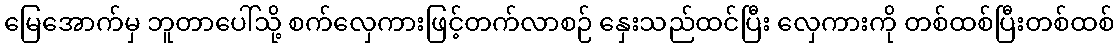
မြေအောက်မှ ဘူတာပေါ်သို့ စက်လှေကားဖြင့်တက်လာစဉ် နှေးသည်ထင်ပြီး လှေကားကို တစ်ထစ်ပြီးတစ်ထစ်